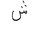
Letter: _shin